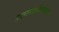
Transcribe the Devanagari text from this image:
उत्तानशीर्षासन